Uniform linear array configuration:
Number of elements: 12
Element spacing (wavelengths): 0.75
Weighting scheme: cosine
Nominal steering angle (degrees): -15
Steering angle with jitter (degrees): -13.886
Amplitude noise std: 0.05
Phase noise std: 0.05

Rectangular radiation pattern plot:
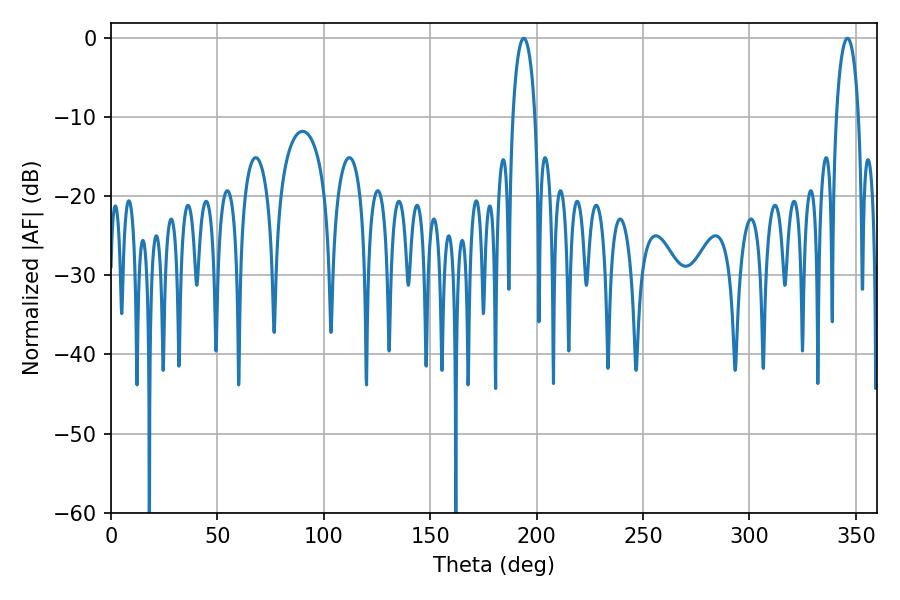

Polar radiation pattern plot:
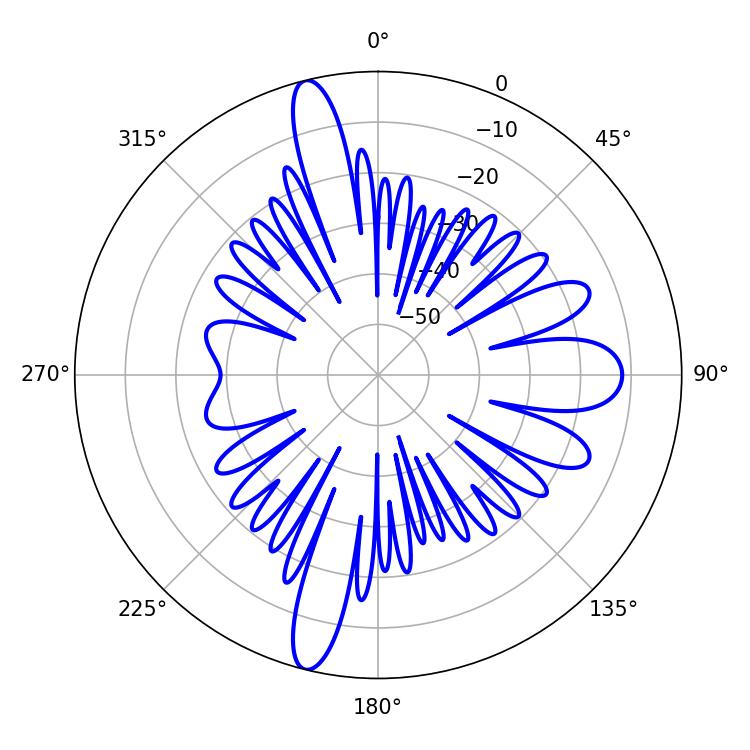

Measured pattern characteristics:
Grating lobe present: TRUE
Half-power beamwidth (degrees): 5.94
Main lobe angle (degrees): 345.96